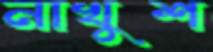
নাখুশ